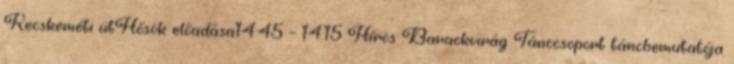
Kecskeméti ütHősök előadása14:45 – 14:15 Hírös Barackvirág Tánccsoport táncbemutatója